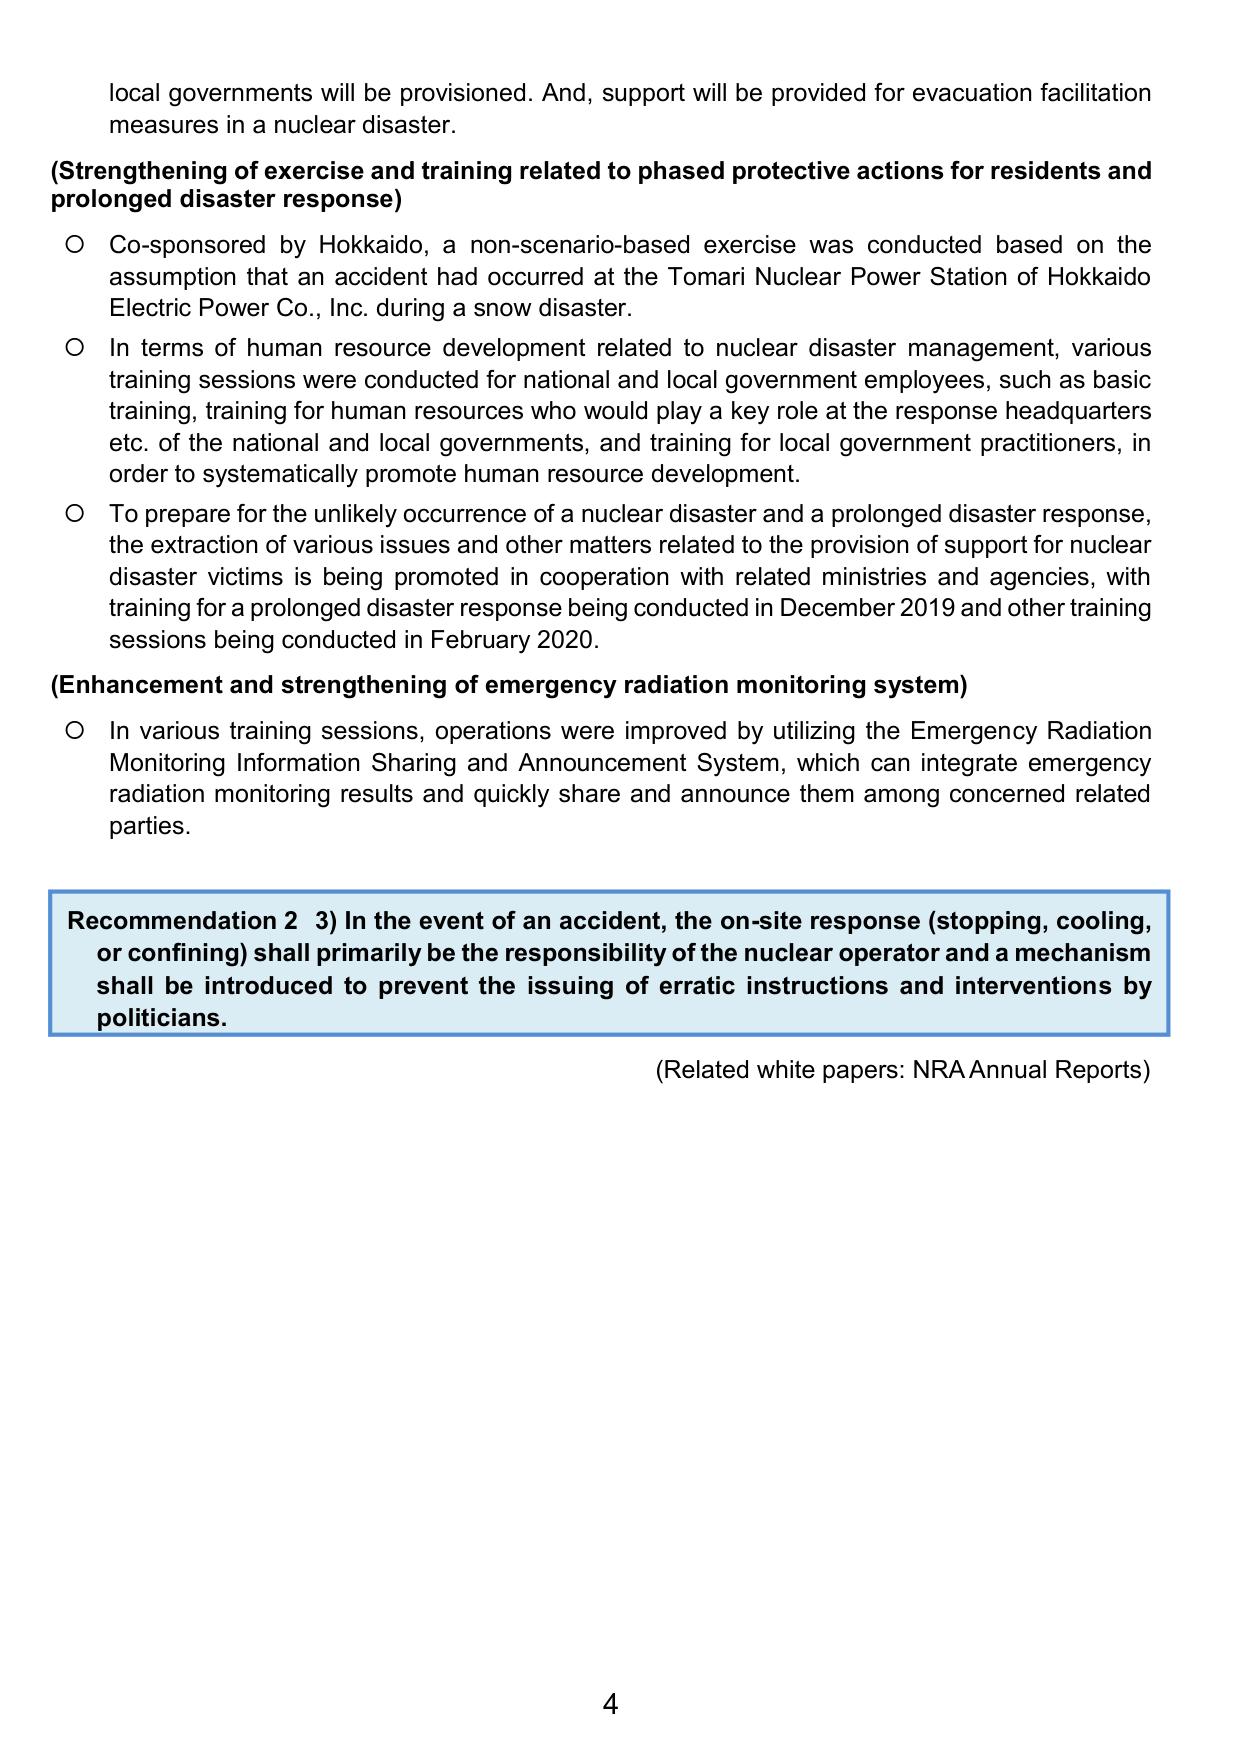
local governments will be provisioned. And, support will be provided for evacuation facilitation measures in a nuclear disaster.

(Strengthening of exercise and training related to phased protective actions for residents and prolonged disaster response)

○ Co-sponsored by Hokkaido, a non-scenario-based exercise was conducted based on the assumption that an accident had occurred at the Tomari Nuclear Power Station of Hokkaido Electric Power Co., Inc. during a snow disaster.

○ In terms of human resource development related to nuclear disaster management, various training sessions were conducted for national and local government employees, such as basic training, training for human resources who would play a key role at the response headquarters etc. of the national and local governments, and training for local government practitioners, in order to systematically promote human resource development.

○ To prepare for the unlikely occurrence of a nuclear disaster and a prolonged disaster response, the extraction of various issues and other matters related to the provision of support for nuclear disaster victims is being promoted in cooperation with related ministries and agencies, with training for a prolonged disaster response being conducted in December 2019 and other training sessions being conducted in February 2020.

(Enhancement and strengthening of emergency radiation monitoring system)

○ In various training sessions, operations were improved by utilizing the Emergency Radiation Monitoring Information Sharing and Announcement System, which can integrate emergency radiation monitoring results and quickly share and announce them among concerned related parties.

Recommendation 2 3) In the event of an accident, the on-site response (stopping, cooling, or confining) shall primarily be the responsibility of the nuclear operator and a mechanism shall be introduced to prevent the issuing of erratic instructions and interventions by politicians.

(Related white papers: NRA Annual Reports)

4